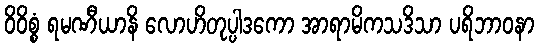
ဝိဝိစ္စံ ရမဏီယာနိ လောဟိတုပ္ပါဒကော အာရာမိကသဒိသာ ပရိဘာဝနာ